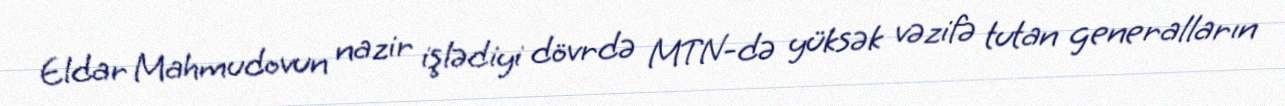
Eldar Mahmudovun nazir işlədiyi dövrdə MTN-də yüksək vəzifə tutan generalların